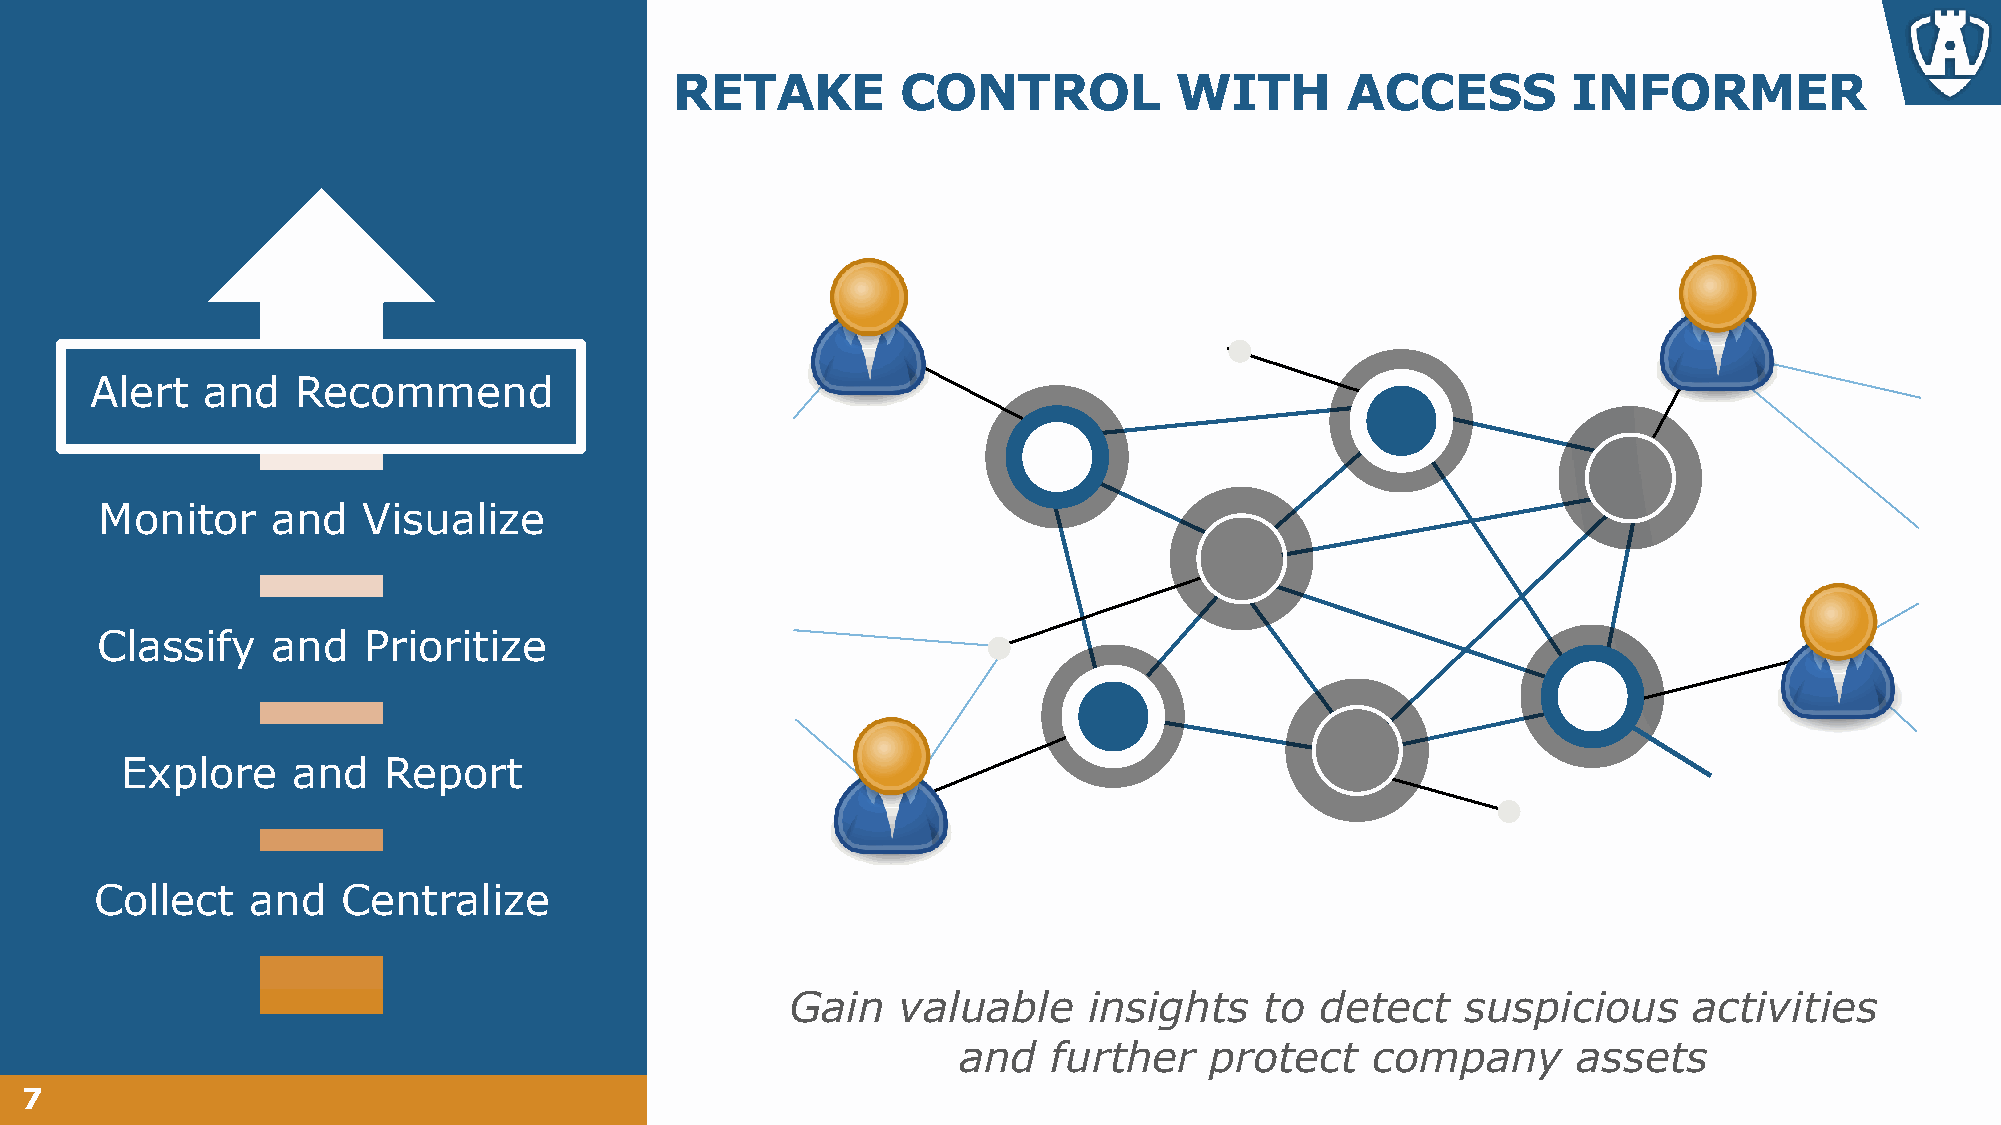
RETAKE         CONTROL           WITH       ACCESS         INFORMER
 Alert  and    Recommend
 Monitor    and   Visualize
 Classify    and   Prioritize
 Explore    and   Report
 Collect   and    Centralize
 Gain   valuable     insights    to detect    suspicious     activities
 and    further   protect    company      assets
 7